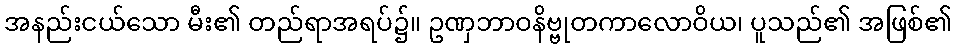
အနည်းငယ်သော မီး၏ တည်ရာအရပ်၌။ ဥဏှဘာဝနိဗ္ဗုတကာလောဝိယ၊ ပူသည်၏ အဖြစ်၏